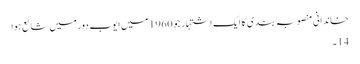
خاندانی منصوبہ بندی کا ایک اشتہار جو 1960 میں ایوب دور میں شائع ہوا
14۔